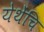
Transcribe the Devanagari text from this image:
येथेंचि